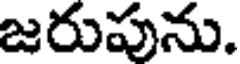
జరుపును.